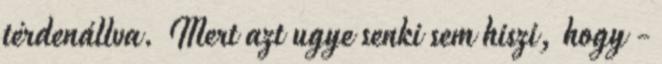
térdenállva. Mert azt ugye senki sem hiszi, hogy -